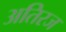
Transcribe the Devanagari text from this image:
अतिरज